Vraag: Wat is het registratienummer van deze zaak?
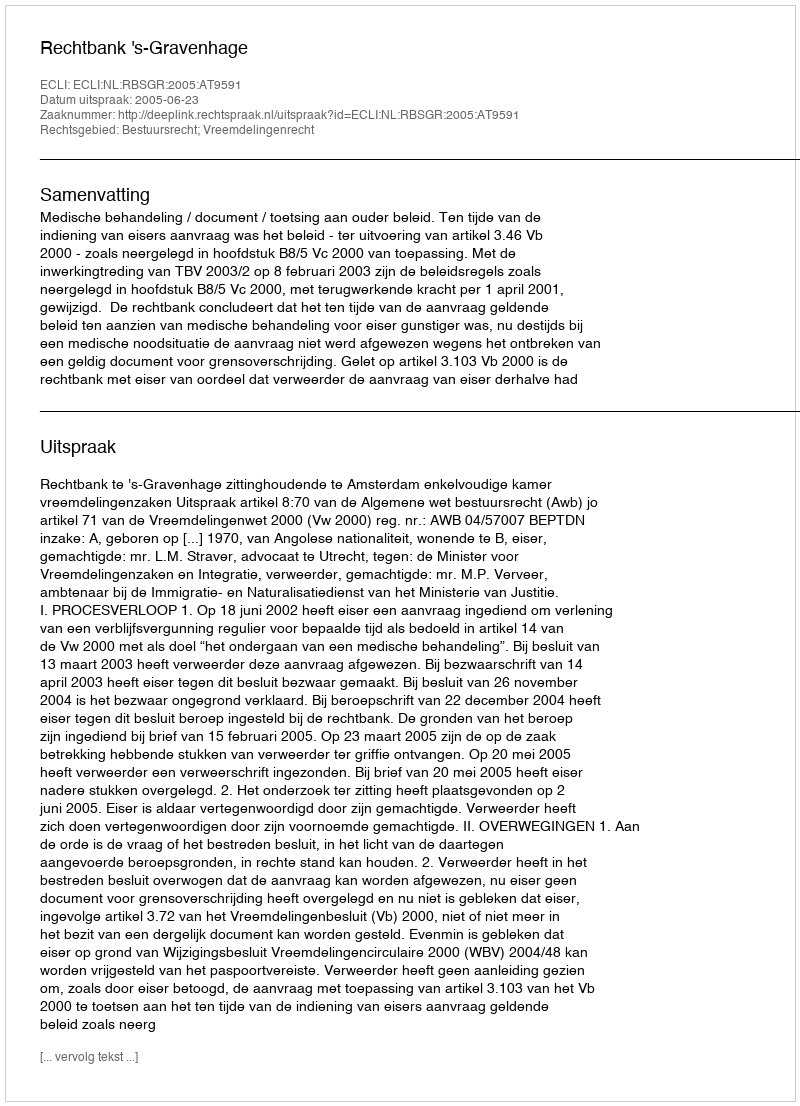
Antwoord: http://deeplink.rechtspraak.nl/uitspraak?id=ECLI:NL:RBSGR:2005:AT9591